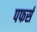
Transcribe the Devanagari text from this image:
पफर्स